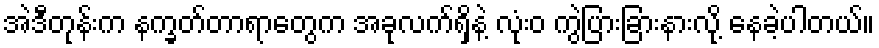
အဲဒီတုန်းက နက္ခတ်တာရာတွေက အခုလက်ရှိနဲ့ လုံးဝ ကွဲပြားခြားနားလို့ နေခဲ့ပါတယ်။